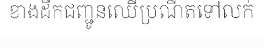
ខាងដឹកជញ្ជូនឈើប្រណីតទៅលក់